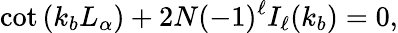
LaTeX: \cot{(k_{b}L_{\alpha})}+2N(-1)^{\ell}I_{\ell}(k_{b})=0,